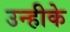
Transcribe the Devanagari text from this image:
उन्हीके